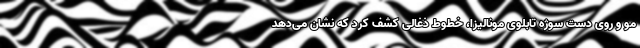
مو و روی دست سوژه تابلوی مونالیزا، خطوط ذغالی کشف کرد که نشان می‌دهد